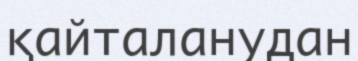
қайталанудан